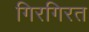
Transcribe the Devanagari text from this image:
गिरगिरत